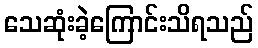
သေဆုံးခဲ့ကြောင်းသိရသည်